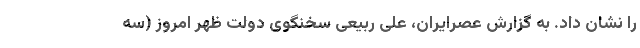
را نشان داد. به گزارش عصرایران، علی ربیعی سخنگوی دولت ظهر امروز (سه